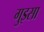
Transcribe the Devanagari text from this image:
गुइसा